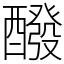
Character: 醱